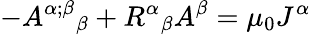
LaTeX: -{A^{\alpha;\beta}}_{\beta}+{R^{\alpha}}_{\beta}A^{\beta}=\mu_{0}J^{\alpha}